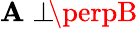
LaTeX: \mathbf{A}\perp\! \! \! \perpB